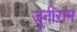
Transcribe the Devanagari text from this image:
जूनीराम